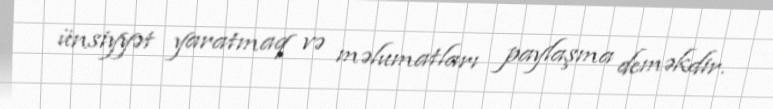
ünsiyyət yaratmaq və məlumatları paylaşma deməkdir.